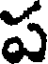
ప